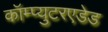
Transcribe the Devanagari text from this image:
कॉम्प्युटरएडेड